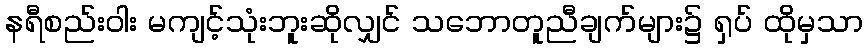
နရီစည်းဝါး မကျင့်သုံးဘူးဆိုလျှင် သဘောတူညီချက်များ၌ ရှပ် ထိုမှသာ